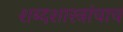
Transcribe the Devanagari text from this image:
शब्दशास्त्रांचाच